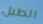
الطبل